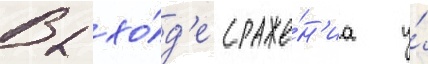
В хо́д'е сраже́н'иа у́